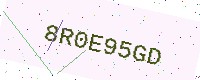
Text: 8R0E95GD